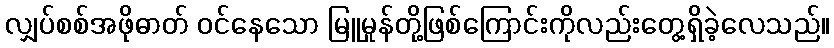
လျှပ်စစ်အဖိုဓာတ် ဝင်နေသော မြူမှုန်တို့ဖြစ်ကြောင်းကိုလည်းတွေ့ရှိခဲ့လေသည်။